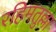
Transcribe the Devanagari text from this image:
रहिमतुल्ला